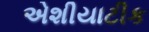
એશીયાટીક